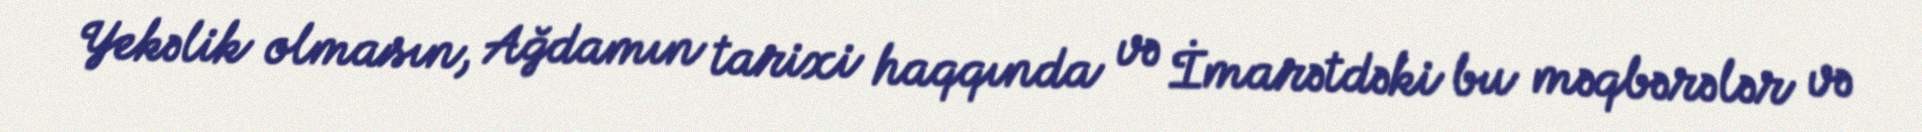
Yekəlik olmasın, Ağdamın tarixi haqqında və İmarətdəki bu məqbərələr və